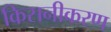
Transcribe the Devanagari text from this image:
किसनीकरण